Annual administration report of the Civil Veterinary Department, Sind - 1939-1940
Year: 1939
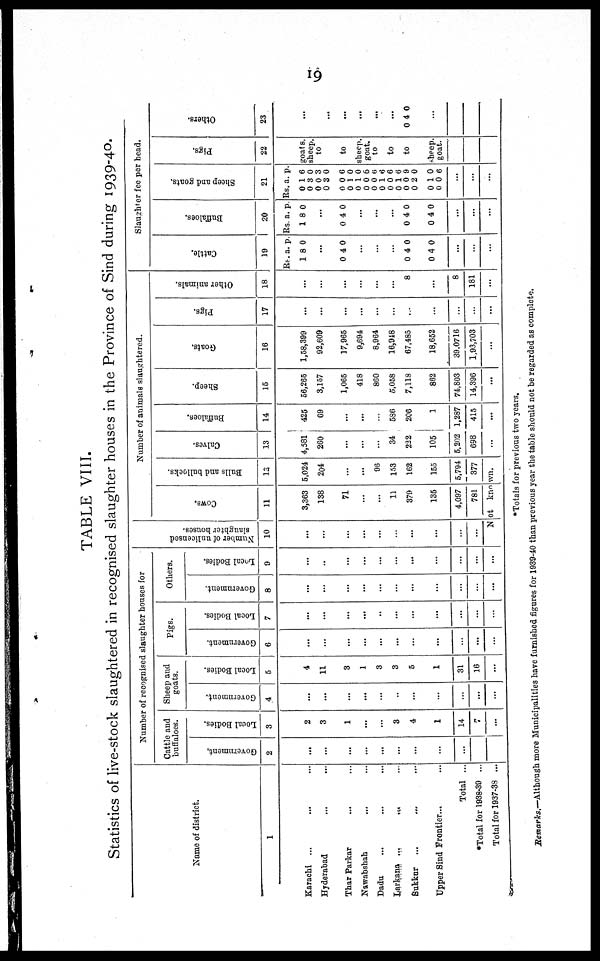
19
TABLE VIII.
Statistics of live-stock slaughtered in recognised slaughter houses in the Province of Sind during 1939-40.
Name of district.
1
Karachi ... ... ...
Hyderabad ... ...
Thar Parkar ... ...
Nawabshah ... ...
Dadu ... ... ...
Larkana ... ... ...
Sukkar ... ... ...
Upper Sind Frontier... ...
Total ...
*Total for 1938-39 ...
Total for 1937-38 ...
Number of recognised slaughter houses for
Cattle and
buffaloes.
Government.
2
...
...
...
...
...
...
...
...
...
Local Bodies.
3
2
3
1
...
...
3
4
1
14
7
...
Sheep and
goats.
Government.
4
...
...
...
...
...
...
...
...
...
...
...
Local Bodies.
5
4
11
3
1
3
3
5
1
31
16
...
Pigs.
Government.
6
...
...
...
...
...
...
...
...
...
...
...
Local Bodies.
7
...
...
...
...
...
...
...
...
...
...
...
Others.
Government.
8
...
...
...
...
...
...
...
...
...
...
...
Local Bodies.
9
...
...
...
...
...
...
...
...
...
...
...
Nu mb e r of unlicensed
slaughter hous es .
10
...
...
...
...
...
...
...
...
...
...
Number of animals slaughtered.
Cows.
11
3,363
138
71
...
...
11
379
135
4,097
781
Bulls and bullocks.
12
5,024
204
...
...
96
153
162
155
5,794
377
Not
known.
Calves.
13
4,581
260
...
...
...
34
222
105
5,202
698
...
Buffaloes.
14
425
69
...
...
...
586
206
1
1,287
415
...
Sheep.
15
56,265
3,157
1,065
418
860
5,058
7,118
862
74,803
14,396
...
Goats.
16
1,58,399
92,609
17,965
9,694
8,964
16,948
67,485
18,652
39,0716
1,93,703
...
Pigs.
17
...
...
...
...
...
...
...
...
...
...
...
Other animals.
18
...
...
...
...
...
...
8
...
8
181
...
Slaughter fee per head.
Cat t l e.
19
Rs.
1
a.
8
p.
0
...
0 4 0
...
...
...
0 4 0
0 4 0
...
...
...
Buffaloes.
20
Rs.
1
a.
8
p.
0
...
0 4 0
...
...
...
0 4 0
0 4 0
...
...
...
Sheep and goats.
21
Rs.
0
0
0
0
0
0
0
0
0
0
0
0
0
0
0
0
a.
1
3
0
3
0
1
1
0
0
1
0
1
0
2
1
0
p.
6
0
3
0
6
0
0
6
6
6
6
6
9
0
0
6
...
...
...
Pigs.
22
goats.
sheep.
to
to
sheep.
goat.
to
to
to
sheep.
goat.
...
...
...
Others.
23
...
...
...
...
...
...
0 4 0
...
*Totals for previous two years.
Remarks.—Although more Municipalities have furnished figures for 1939-40 than previous year the table should not be regarded as complete.